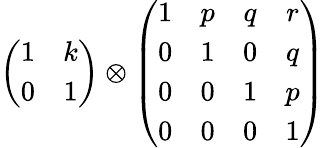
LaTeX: \left(\begin{array}{cc}{{1}}&{{k}}\\ {{0}}&{{1}}\end{array}\right)\otimes\left(\begin{array}{cccc}{{1}}&{{p}}&{{q}}&{{r}}\\ {{0}}&{{1}}&{{0}}&{{q}}\\ {{0}}&{{0}}&{{1}}&{{p}}\\ {{0}}&{{0}}&{{0}}&{{1}}\end{array}\right)